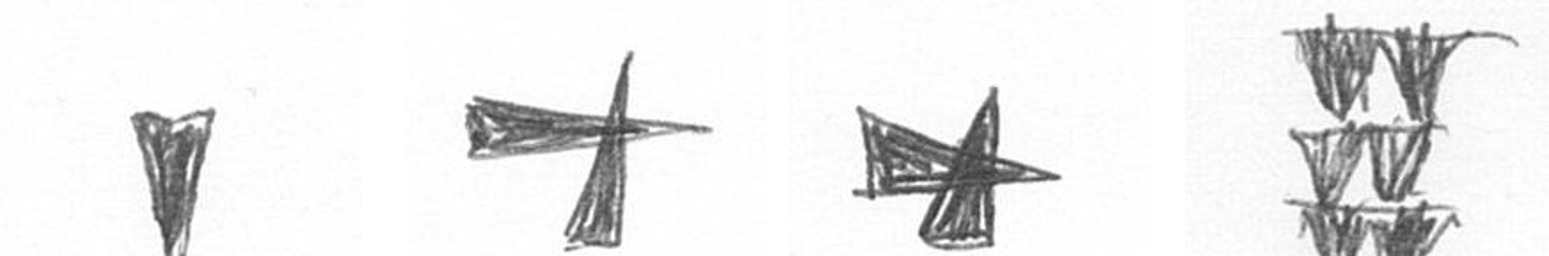
J G G Y